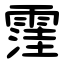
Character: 䨟